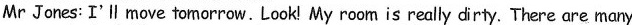
Mr Jones: I'll move tomorrow.Look! My room is really dirty. There are many